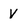
Character: V